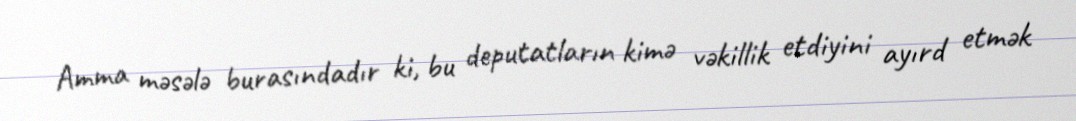
Amma məsələ burasındadır ki, bu deputatların kimə vəkillik etdiyini ayırd etmək